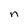
Character: n